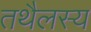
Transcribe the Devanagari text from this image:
तथैलस्य